38_143685_box_Incident_Summaries_173-233
Agency: Department of War
Page 125
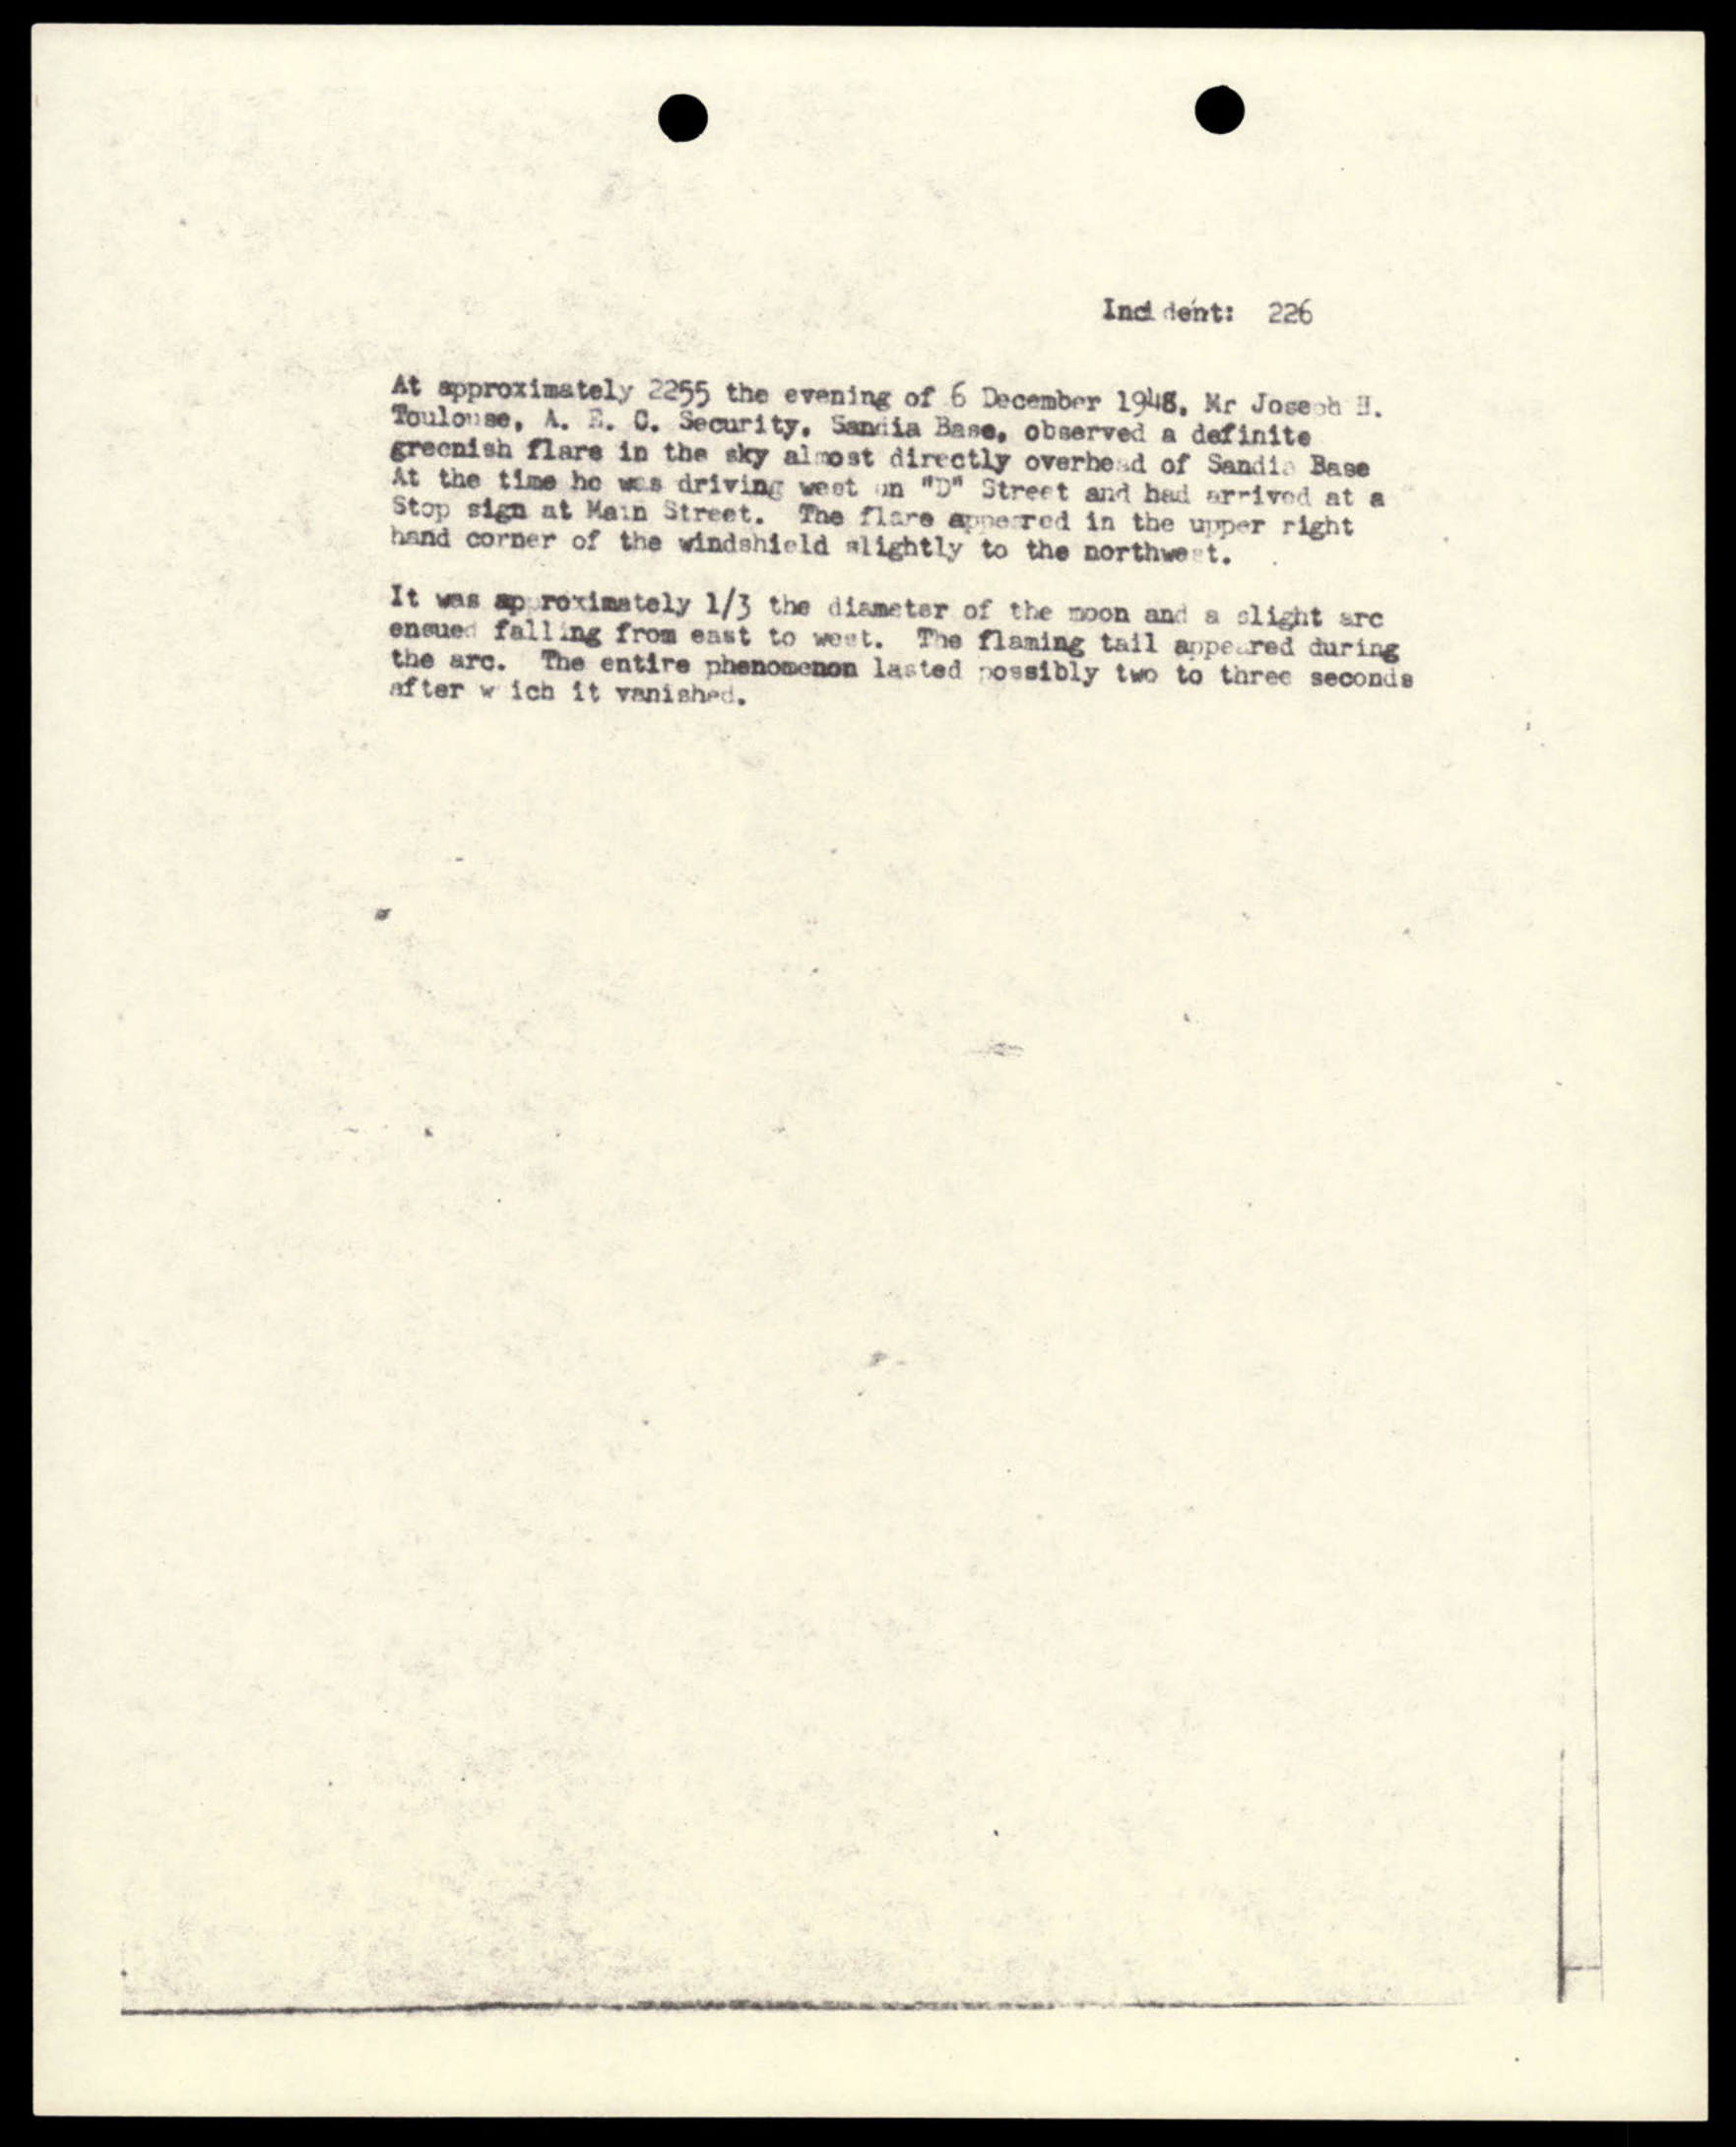